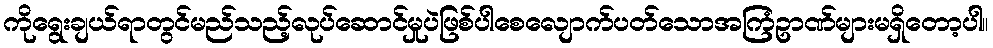
ကိုရွေးချယ်ရာတွင်မည်သည့်လုပ်ဆောင်မှုပဲဖြစ်ပါစေလျောက်ပတ်သောအကြံဥာဏ်များမရှိတော့ပါ။